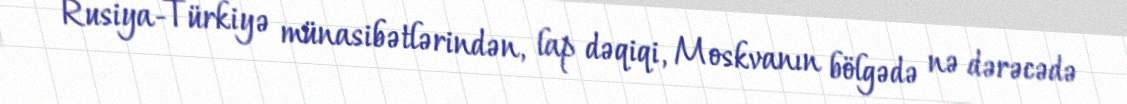
Rusiya-Türkiyə münasibətlərindən, lap dəqiqi, Moskvanın bölgədə nə dərəcədə